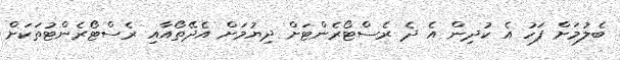
ބެލުމަށް ފަހު އެ ކުދިން އެ ދެ ރެސްޓޯރެންޓަށް ދިޔުމަށް އެދޭތޯއާއި ރެސްޓޯރެންޓުތަކަށް